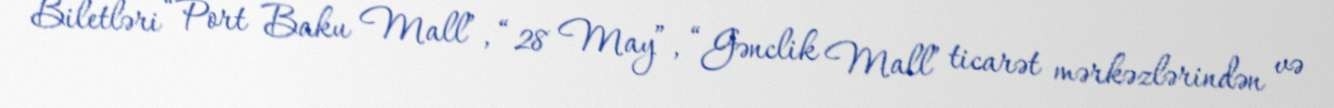
Biletləri “Port Baku Mall”, “28 May”, “Gənclik Mall” ticarət mərkəzlərindən və